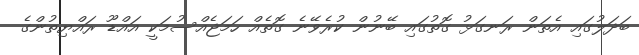
ބަދަލުގައި އެތަން ރަނގަޅު ގޮތުގައި ބޭނުން ކުރެވޭނެ ގޮޮތެއް ހަމަޖެއްސުމަކީ އައްޑޫ ރައްޔިތުންގެ